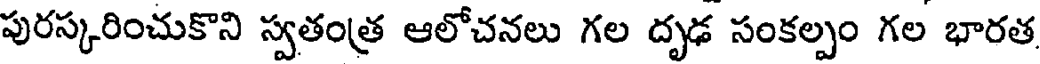
పురస్కరించుకొని స్వతంత్ర ఆలోచనలు గల దృఢ సంకల్పం గల భారత